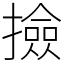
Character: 撿